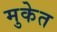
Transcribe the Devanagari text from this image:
मुकेत